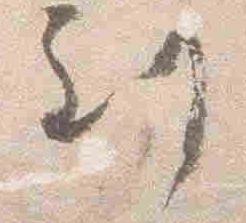
到